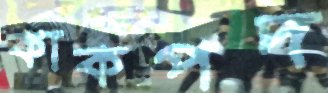
কাকপদ